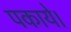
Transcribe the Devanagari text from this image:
पकाये।